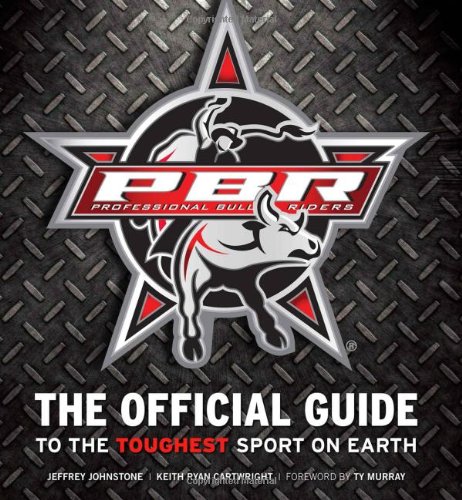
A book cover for Professional Bull Riders: The Official Guide to the Toughest Sport on Earth; Jeffrey Johnstone; Sports & Outdoors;